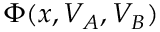
\Phi ( x , V _ { A } , V _ { B } )